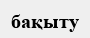
бақыту